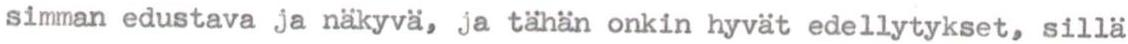
simman edustava ja näkyvä, ja tähän onkin hyvät edellytykset, sillä